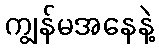
ကျွန်မအနေနဲ့